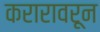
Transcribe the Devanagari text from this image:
करारावरून